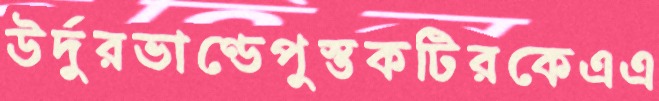
উর্দুরভাণ্ডেপুস্তকটিরকেএএ